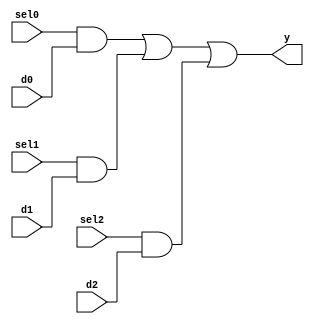
module mvp_mux1hot_3(
	y,
	sel0,
	d0,
	sel1,
	d1,
	sel2,
	d2
);
// synopsys template
parameter WIDTH = 1;

output [WIDTH-1:0]	y;

input			sel0;
input			sel1;
input			sel2;
input  [WIDTH-1:0]	d0;
input  [WIDTH-1:0]	d1;
input  [WIDTH-1:0]	d2;


 assign y = 
	{WIDTH{sel0}} & d0 |
	{WIDTH{sel1}} & d1 |
	{WIDTH{sel2}} & d2 ;


endmodule